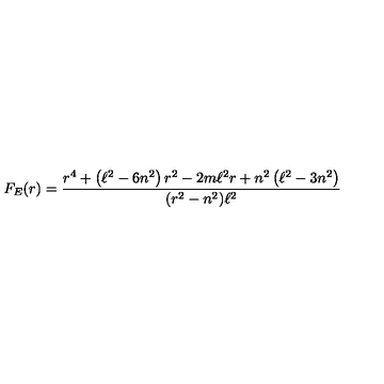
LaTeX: F _ { E } ( r ) = \frac { r ^ { 4 } + \left( \ell ^ { 2 } - 6 n ^ { 2 } \right) r ^ { 2 } - 2 m \ell ^ { 2 } r + n ^ { 2 } \left( \ell ^ { 2 } - 3 n ^ { 2 } \right) } { ( r ^ { 2 } - n ^ { 2 } ) \ell ^ { 2 } }